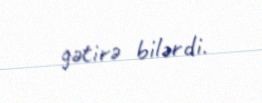
gətirə bilərdi.